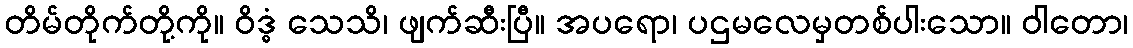
တိမ်တိုက်တို့ကို။ ဝိဒ္ဓံ သေသိ၊ ဖျက်ဆီးပြီ။ အပရော၊ ပဌမလေမှတစ်ပါးသော။ ဝါတော၊